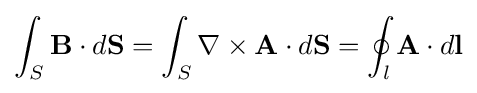
\int _{S}\mathbf {B} \cdot d\mathbf {S} =\int _{S}\nabla \times \mathbf {A} \cdot d\mathbf {S} =\oint _{l}\mathbf {A} \cdot d\mathbf {l}